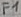
Text: F1